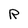
Character: R